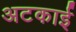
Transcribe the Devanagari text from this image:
अटकाई